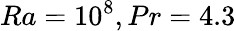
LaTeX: Ra=10^{8},Pr=4.3